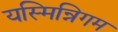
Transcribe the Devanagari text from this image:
यस्मिन्निगम